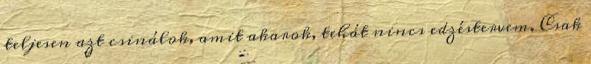
teljesen azt csinálok, amit akarok, tehát nincs edzéstervem. Csak